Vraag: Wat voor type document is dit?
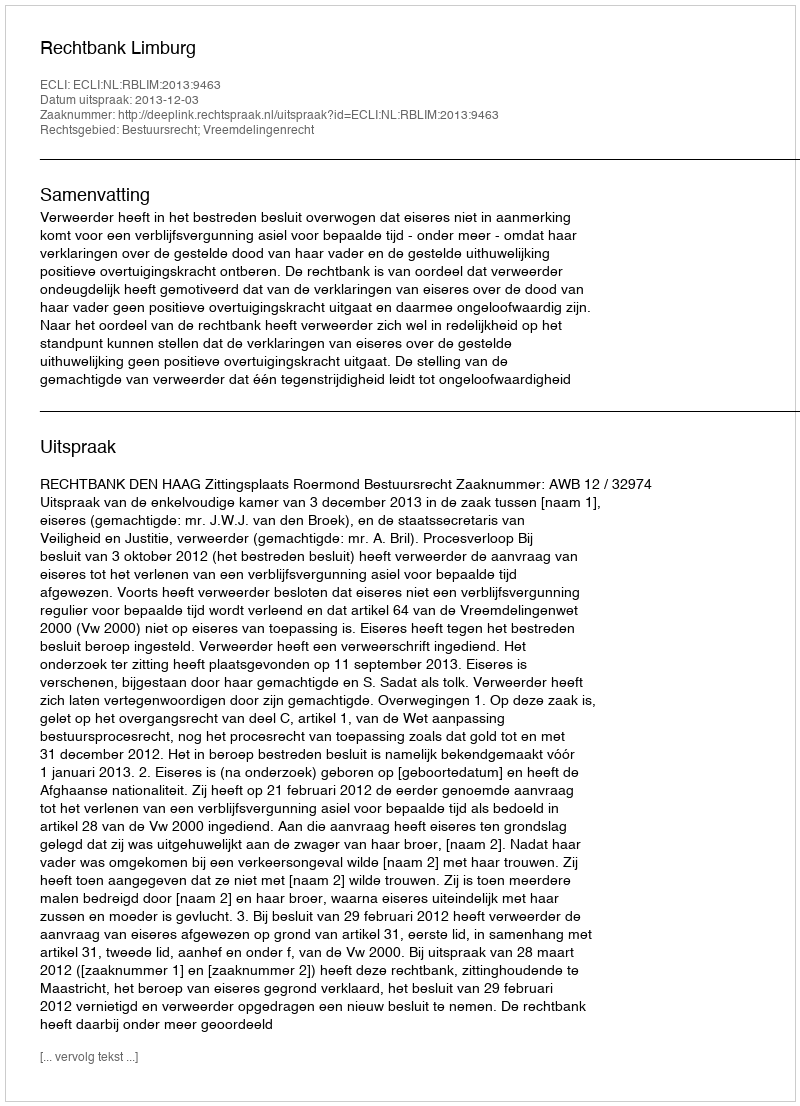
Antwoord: Uitspraak